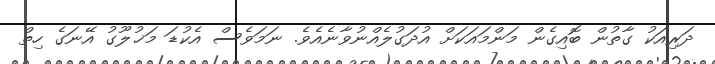
ދަރިއަކު ގާތުން ބޮއިގެން މަންމައަކަށް އުދަގުލެއްނުވާނެއެވެ. ނަމަވެސް އެކުޑަ މަޚުލޫގު އޭނަގެ ހިތް